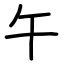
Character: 午